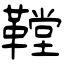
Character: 鞺